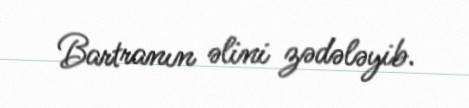
Bartranın əlini zədələyib.